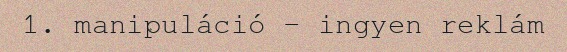
1. manipuláció – ingyen reklám